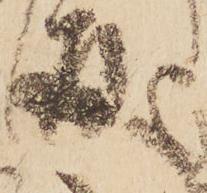
処